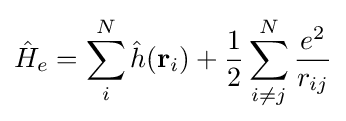
{\hat {H}}_{e}=\sum _{i}^{N}{\hat {h}}(\mathbf {r} _{i})+{\frac {1}{2}}\sum _{i\neq j}^{N}{\frac {e^{2}}{r_{ij}}}